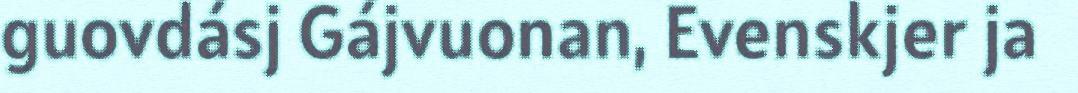
guovdásj Gájvuonan, Evenskjer ja